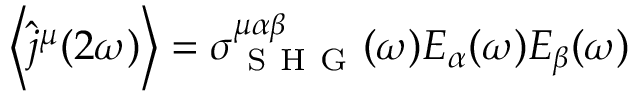
\left\langle \hat { j } ^ { \mu } ( 2 \omega ) \right\rangle = \sigma _ { \mathrm { ~ S ~ H ~ G ~ } } ^ { \mu \alpha \beta } ( \omega ) E _ { \alpha } ( \omega ) E _ { \beta } ( \omega )